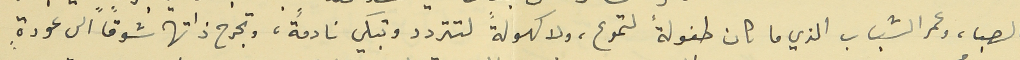
الصبا، وعمر الشباب الذي ما كان طفولة لتموع، ولا كهولةً لتتردد وتبكي نادمةً، وتجرح ذاتها شوقاً الى عودةٍ